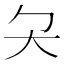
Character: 𡗛